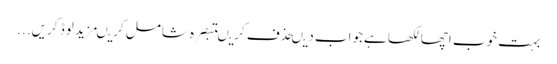
بہت خوب اچھا لکھا ہےجواب دیںحذف کریںتبصرہ شامل کریںمزید لوڈ کریں...